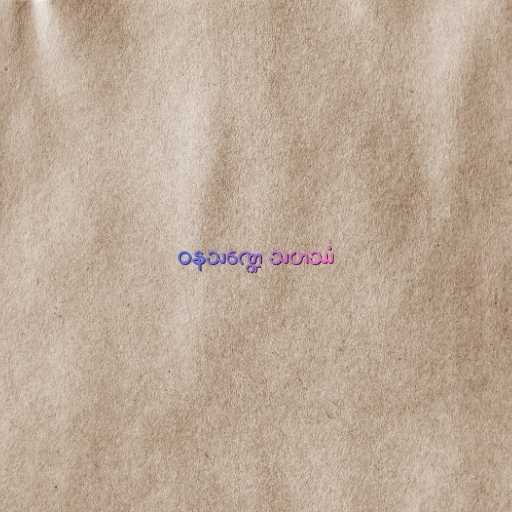
ဝနသဏ္ဍေ သဟဿံ